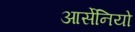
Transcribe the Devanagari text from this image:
आर्सेनियो